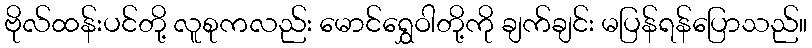
ဗိုလ်ထန်းပင်တို့ လူစုကလည်း မောင်ရွှေဝါတို့ကို ချက်ချင်း မပြန်ရန်ပြောသည်။